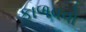
ફાળવવો